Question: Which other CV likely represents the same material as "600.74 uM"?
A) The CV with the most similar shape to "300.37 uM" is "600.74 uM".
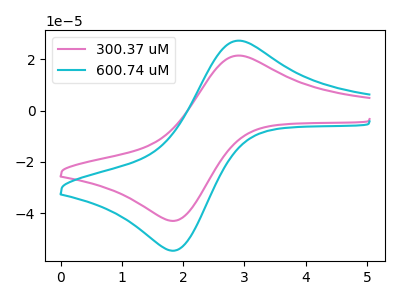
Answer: <think>The pink curve "300.37 uM" has an anodic peak at (2.90V, 21.50uA) and a cathodic peak at (1.85V, -43.00uA). The cyan curve "600.74 uM" has an anodic peak at (2.90V, 27.30uA) and a cathodic peak at (1.85V, -54.60uA).
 All the peaks in "300.37 uM" have a peak in "600.74 uM" at the same potential. Every peak in "300.37 uM" is lower than every peak in "600.74 uM".</think>
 <answer>A) The CV with the most similar shape to "300.37 uM" is "600.74 uM".</answer>
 <eval>A</eval>